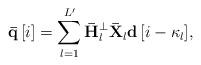
LaTeX: \begin{align*} {\bf{\bar q}}\left[ i \right] = \sum\limits_{l = 1}^{L'} {{{\bf{\bar H}}_{l}^ \bot {{{\bf{\bar X}}}_{l}}}{\bf{d}}\left[ {i - {\kappa _l}} \right]}, \end{align*}